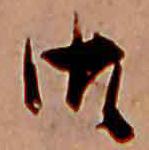
御